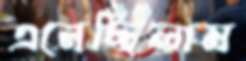
এনেছিলাম